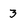
Character: 3